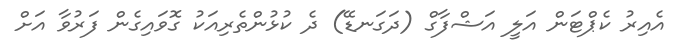
އެއިރު ކެޕްޓަން އަލީ އަޝްފާގް (ދަގަނޑޭ) ދެ ކުޅުންތެރިއަކު ގޮވައިގެން ފަރުވާ އަށް